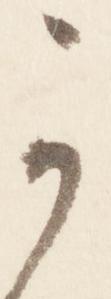
可